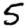
Digit: 5